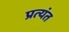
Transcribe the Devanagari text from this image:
प्रत्‍यंत